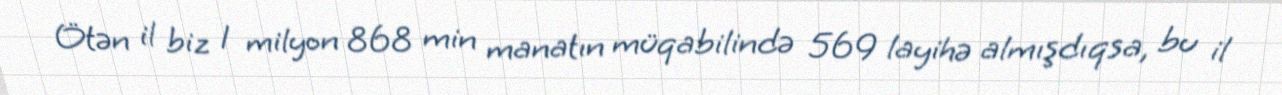
Ötən il biz 1 milyon 868 min manatın müqabilində 569 layihə almışdıqsa, bu il